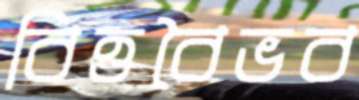
বিত্তবৈভব